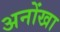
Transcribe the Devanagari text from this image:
अनोंखा